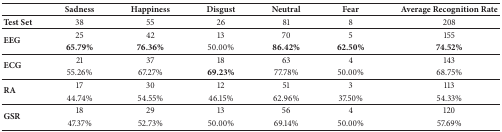
<table><thead><tr><td><b> </b></td><td><b>Sadness</b></td><td><b>Happiness</b></td><td><b>Disgust</b></td><td><b>Neutral</b></td><td><b>Fear</b></td><td><b>Average Recognition Rate</b></td></tr></thead><tbody><tr><td><b>Test Set</b></td><td>38</td><td>55</td><td>26</td><td>81</td><td>8</td><td>208</td></tr><tr><td rowspan="2"><b>EEG</b></td><td>25</td><td>42</td><td>13</td><td>70</td><td>5</td><td>155</td></tr><tr><td><b>65.79</b>%</td><td><b>76.36</b>%</td><td>50.00%</td><td><b>86.42</b>%</td><td><b>62.50</b>%</td><td><b>74.52</b>%</td></tr><tr><td rowspan="2"><b>ECG</b></td><td>21</td><td>37</td><td>18</td><td>63</td><td>4</td><td>143</td></tr><tr><td>55.26%</td><td>67.27%</td><td><b>69.23</b>%</td><td>77.78%</td><td>50.00%</td><td>68.75%</td></tr><tr><td rowspan="2"><b>RA</b></td><td>17</td><td>30</td><td>12</td><td>51</td><td>3</td><td>113</td></tr><tr><td>44.74%</td><td>54.55%</td><td>46.15%</td><td>62.96%</td><td>37.50%</td><td>54.33%</td></tr><tr><td rowspan="2"><b>GSR</b></td><td>18</td><td>29</td><td>13</td><td>56</td><td>4</td><td>120</td></tr><tr><td>47.37%</td><td>52.73%</td><td>50.00%</td><td>69.14%</td><td>50.00%</td><td>57.69%</td></tr></tbody></table>